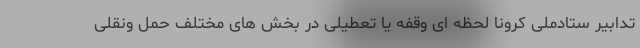
تدابیر ستادملی کرونا لحظه ای وقفه یا تعطیلی در بخش های مختلف حمل ونقلی